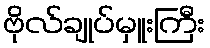
ဗိုလ်ချုပ်မှူးကြီး